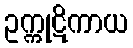
ဥက္ကုဋိကာယ